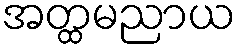
အတ္ထမညာယ